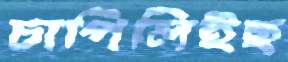
চাপিলিইছ